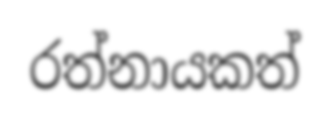
රත්නායකත්